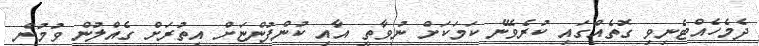
ދެމެހެއްޓެނިވި ގޮތެއްގައި ކުރެވޭނެ ކަމަކަށް ނުވާތީ އާއި ކުންފުންޏަށް އިތުރަށް ގެއްލުން ވުމުން